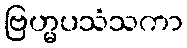
ဗြဟ္မပသံသကာ